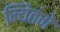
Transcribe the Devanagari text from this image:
म्यितंगे